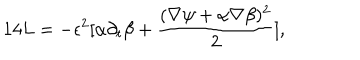
1 4 L = - \epsilon ^ { 2 } [ \alpha \partial _ { t } \beta + { \frac { ( \nabla \psi + \alpha \nabla \beta ) ^ { 2 } } { 2 } } ] ,